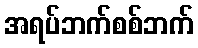
အရပ်ဘက်စစ်ဘက်